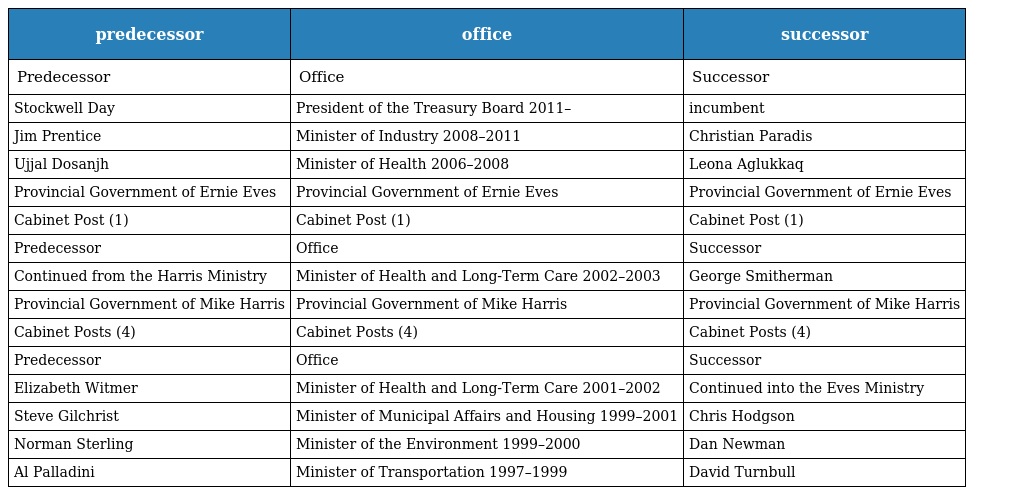
| predecessor | office | successor |
 | --- | --- | --- |
 | Predecessor | Office | Successor |
 | Stockwell Day | President of the Treasury Board 2011– | incumbent |
 | Jim Prentice | Minister of Industry 2008–2011 | Christian Paradis |
 | Ujjal Dosanjh | Minister of Health 2006–2008 | Leona Aglukkaq |
 | Provincial Government of Ernie Eves | Provincial Government of Ernie Eves | Provincial Government of Ernie Eves |
 | Cabinet Post (1) | Cabinet Post (1) | Cabinet Post (1) |
 | Predecessor | Office | Successor |
 | Continued from the Harris Ministry | Minister of Health and Long-Term Care 2002–2003 | George Smitherman |
 | Provincial Government of Mike Harris | Provincial Government of Mike Harris | Provincial Government of Mike Harris |
 | Cabinet Posts (4) | Cabinet Posts (4) | Cabinet Posts (4) |
 | Predecessor | Office | Successor |
 | Elizabeth Witmer | Minister of Health and Long-Term Care 2001–2002 | Continued into the Eves Ministry |
 | Steve Gilchrist | Minister of Municipal Affairs and Housing 1999–2001 | Chris Hodgson |
 | Norman Sterling | Minister of the Environment 1999–2000 | Dan Newman |
 | Al Palladini | Minister of Transportation 1997–1999 | David Turnbull |